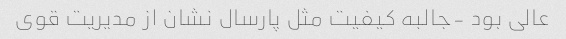
عالی بود -جالبه کیفیت مثل پارسال نشان از مدیریت قوی